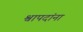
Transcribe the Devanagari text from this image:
श्वापदांना